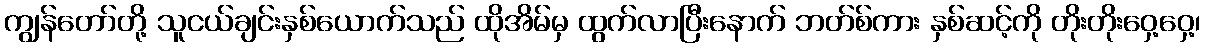
ကျွန်တော်တို့ သူငယ်ချင်းနှစ်ယောက်သည် ထိုအိမ်မှ ထွက်လာပြီးနောက် ဘတ်စ်ကား နှစ်ဆင့်ကို တိုးတိုးဝှေ့ဝှေ့၊